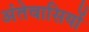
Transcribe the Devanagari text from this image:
अंतेवासियों